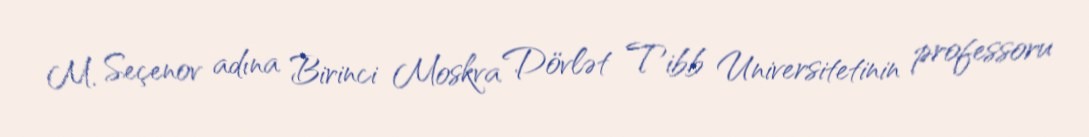
M. Seçenov adına Birinci Moskva Dövlət Tibb Universitetinin professoru